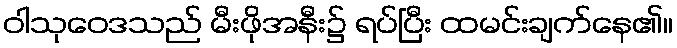
ဝါသုဝေဒသည် မီးဖိုအနီး၌ ရပ်ပြီး ထမင်းချက်နေ၏။